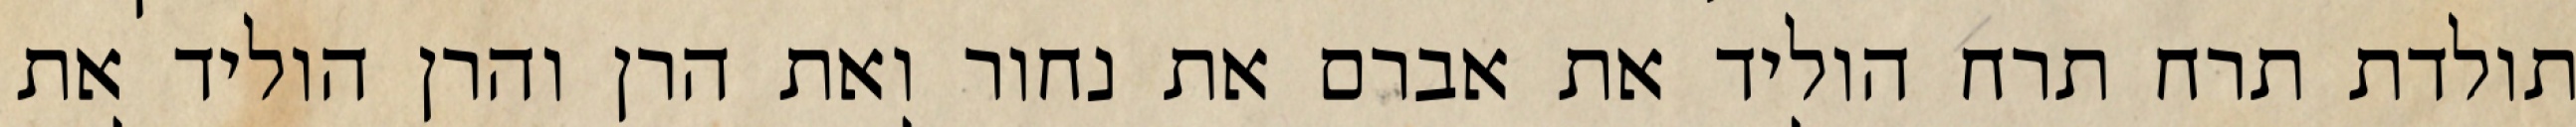
תולדת תרח תרח הוליד את אברם את נחור ואת הרן והרן הוליד את